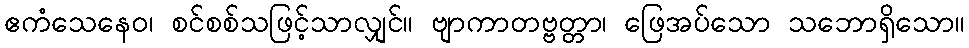
ဧကံသေနေဝ၊ စင်စစ်သဖြင့်သာလျှင်။ ဗျာကာတဗ္ဗတ္တာ၊ ဖြေအပ်သော သဘောရှိသော။